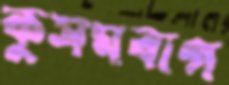
কুসমবাগ